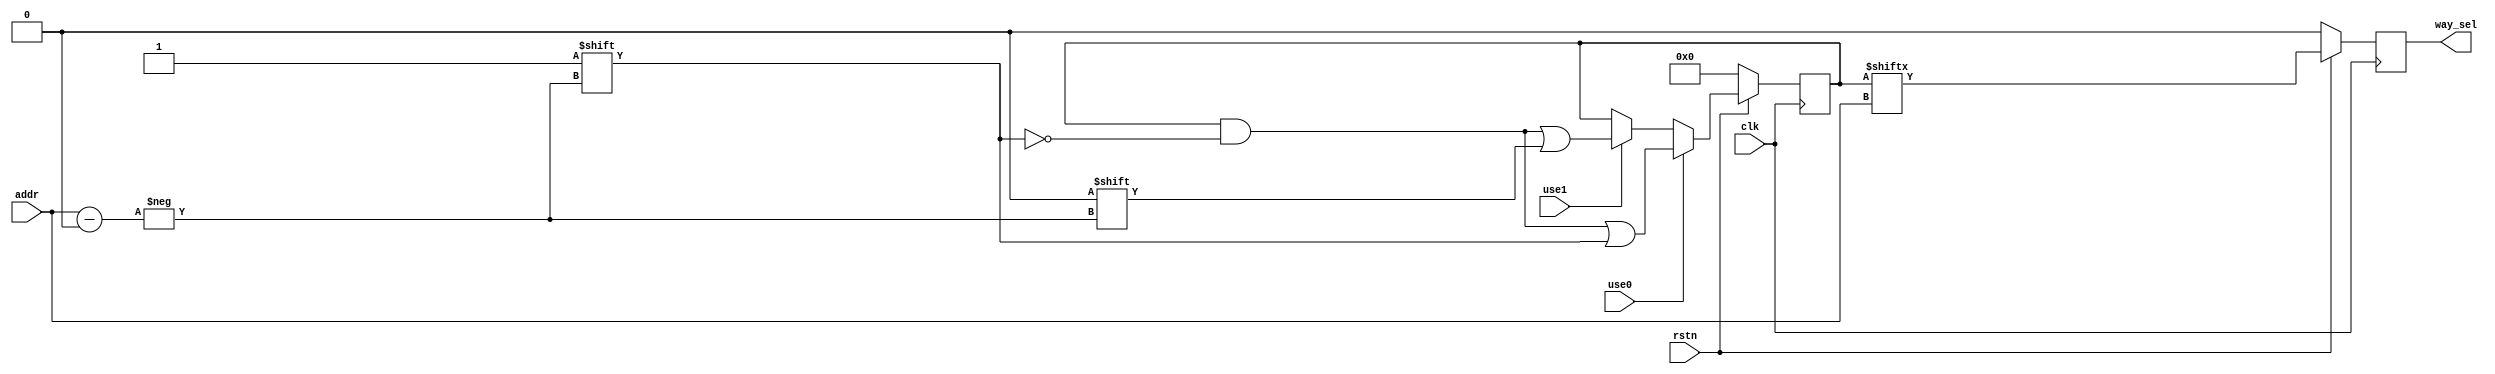
`timescale 1ns / 1ps
//////////////////////////////////////////////////////////////////////////////////
// Company: 
// Engineer: 
// 
// Design Name: 
// Module Name: Dache_lru
// Project Name: 
// Target Devices: 
// Tool Versions: 
// Description: 
// 
// Dependencies: 
// 
// Revision:
// Revision 0.01 - File Created
// Additional Comments:
// 
//////////////////////////////////////////////////////////////////////////////////


module Dcache_lru#(
    parameter   addr_width=4,
                way=2
)
(
    input       clk,rstn,
    input       use0,use1,
    input       [addr_width-1:0]addr,
    output reg  way_sel
    );
reg [(1<<addr_width)-1:0]record;
always @(posedge clk) begin
    if(!rstn)begin
        record <= 0;
        way_sel <= 0;
    end
    else begin
        way_sel <= record[addr];
        if(use0)record[addr]<=1;//1
        else if(use1)record[addr]<=0;//0
    end
end
endmodule